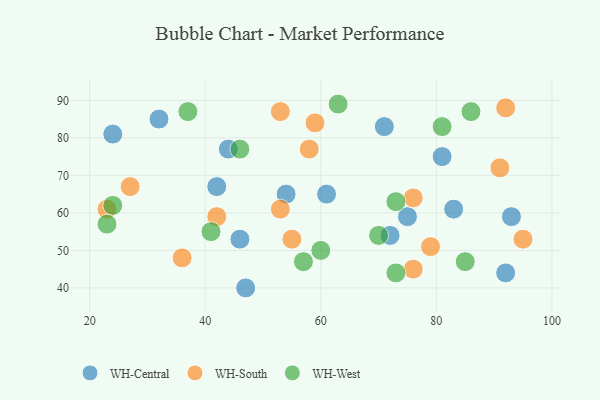
{"axis": {"x": "GDP", "y": "Life Expectancy"}, "legend": ["WH-Central", "WH-South", "WH-West"], "data": [{"x": "32", "y": 85, "type": "WH-Central"}, {"x": "54", "y": 65, "type": "WH-Central"}, {"x": "47", "y": 40, "type": "WH-Central"}, {"x": "42", "y": 67, "type": "WH-Central"}, {"x": "92", "y": 44, "type": "WH-Central"}, {"x": "71", "y": 83, "type": "WH-Central"}, {"x": "83", "y": 61, "type": "WH-Central"}, {"x": "61", "y": 65, "type": "WH-Central"}, {"x": "44", "y": 77, "type": "WH-Central"}, {"x": "81", "y": 75, "type": "WH-Central"}, {"x": "72", "y": 54, "type": "WH-Central"}, {"x": "75", "y": 59, "type": "WH-Central"}, {"x": "24", "y": 81, "type": "WH-Central"}, {"x": "46", "y": 53, "type": "WH-Central"}, {"x": "93", "y": 59, "type": "WH-Central"}, {"x": "76", "y": 45, "type": "WH-South"}, {"x": "36", "y": 48, "type": "WH-South"}, {"x": "76", "y": 64, "type": "WH-South"}, {"x": "55", "y": 53, "type": "WH-South"}, {"x": "92", "y": 88, "type": "WH-South"}, {"x": "95", "y": 53, "type": "WH-South"}, {"x": "58", "y": 77, "type": "WH-South"}, {"x": "53", "y": 87, "type": "WH-South"}, {"x": "91", "y": 72, "type": "WH-South"}, {"x": "42", "y": 59, "type": "WH-South"}, {"x": "59", "y": 84, "type": "WH-South"}, {"x": "79", "y": 51, "type": "WH-South"}, {"x": "27", "y": 67, "type": "WH-South"}, {"x": "23", "y": 61, "type": "WH-South"}, {"x": "53", "y": 61, "type": "WH-South"}, {"x": "41", "y": 55, "type": "WH-West"}, {"x": "73", "y": 63, "type": "WH-West"}, {"x": "86", "y": 87, "type": "WH-West"}, {"x": "85", "y": 47, "type": "WH-West"}, {"x": "57", "y": 47, "type": "WH-West"}, {"x": "24", "y": 62, "type": "WH-West"}, {"x": "46", "y": 77, "type": "WH-West"}, {"x": "23", "y": 57, "type": "WH-West"}, {"x": "81", "y": 83, "type": "WH-West"}, {"x": "70", "y": 54, "type": "WH-West"}, {"x": "37", "y": 87, "type": "WH-West"}, {"x": "73", "y": 44, "type": "WH-West"}, {"x": "63", "y": 89, "type": "WH-West"}, {"x": "60", "y": 50, "type": "WH-West"}]}